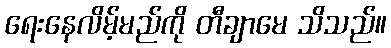
ရေးနေလိမ့်မည်ကို တီချာမေ သိသည်။